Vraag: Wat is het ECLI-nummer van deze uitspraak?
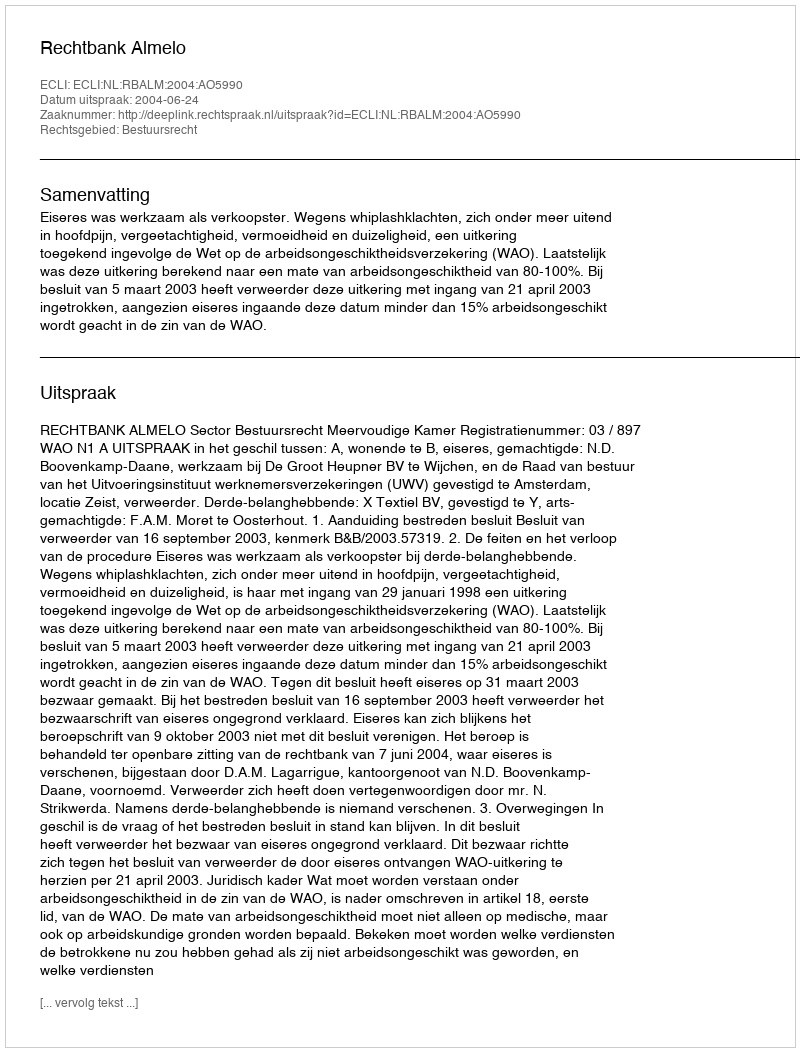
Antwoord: ECLI:NL:RBALM:2004:AO5990